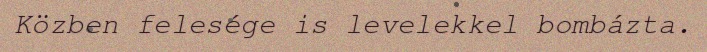
Közben felesége is levelekkel bombázta.